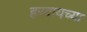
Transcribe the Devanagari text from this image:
हरवायच्या